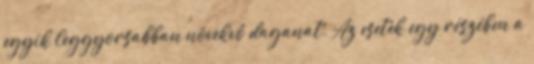
egyik leggyorsabban növekvő daganat. Az esetek egy részében a